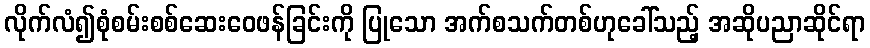
လိုက်လံ၍စုံစမ်းစစ်ဆေးဝေဖန်ခြင်းကို ပြုသော အက်စသက်တစ်ဟုခေါ်သည့် အဆိုပညာဆိုင်ရာ